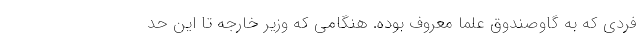
فردی که به گاوصندوق علما معروف بوده. هنگامی که وزیر خارجه تا این حد